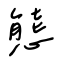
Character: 態